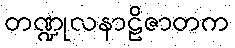
တဏ္ဍုလနာဠိဇာတက